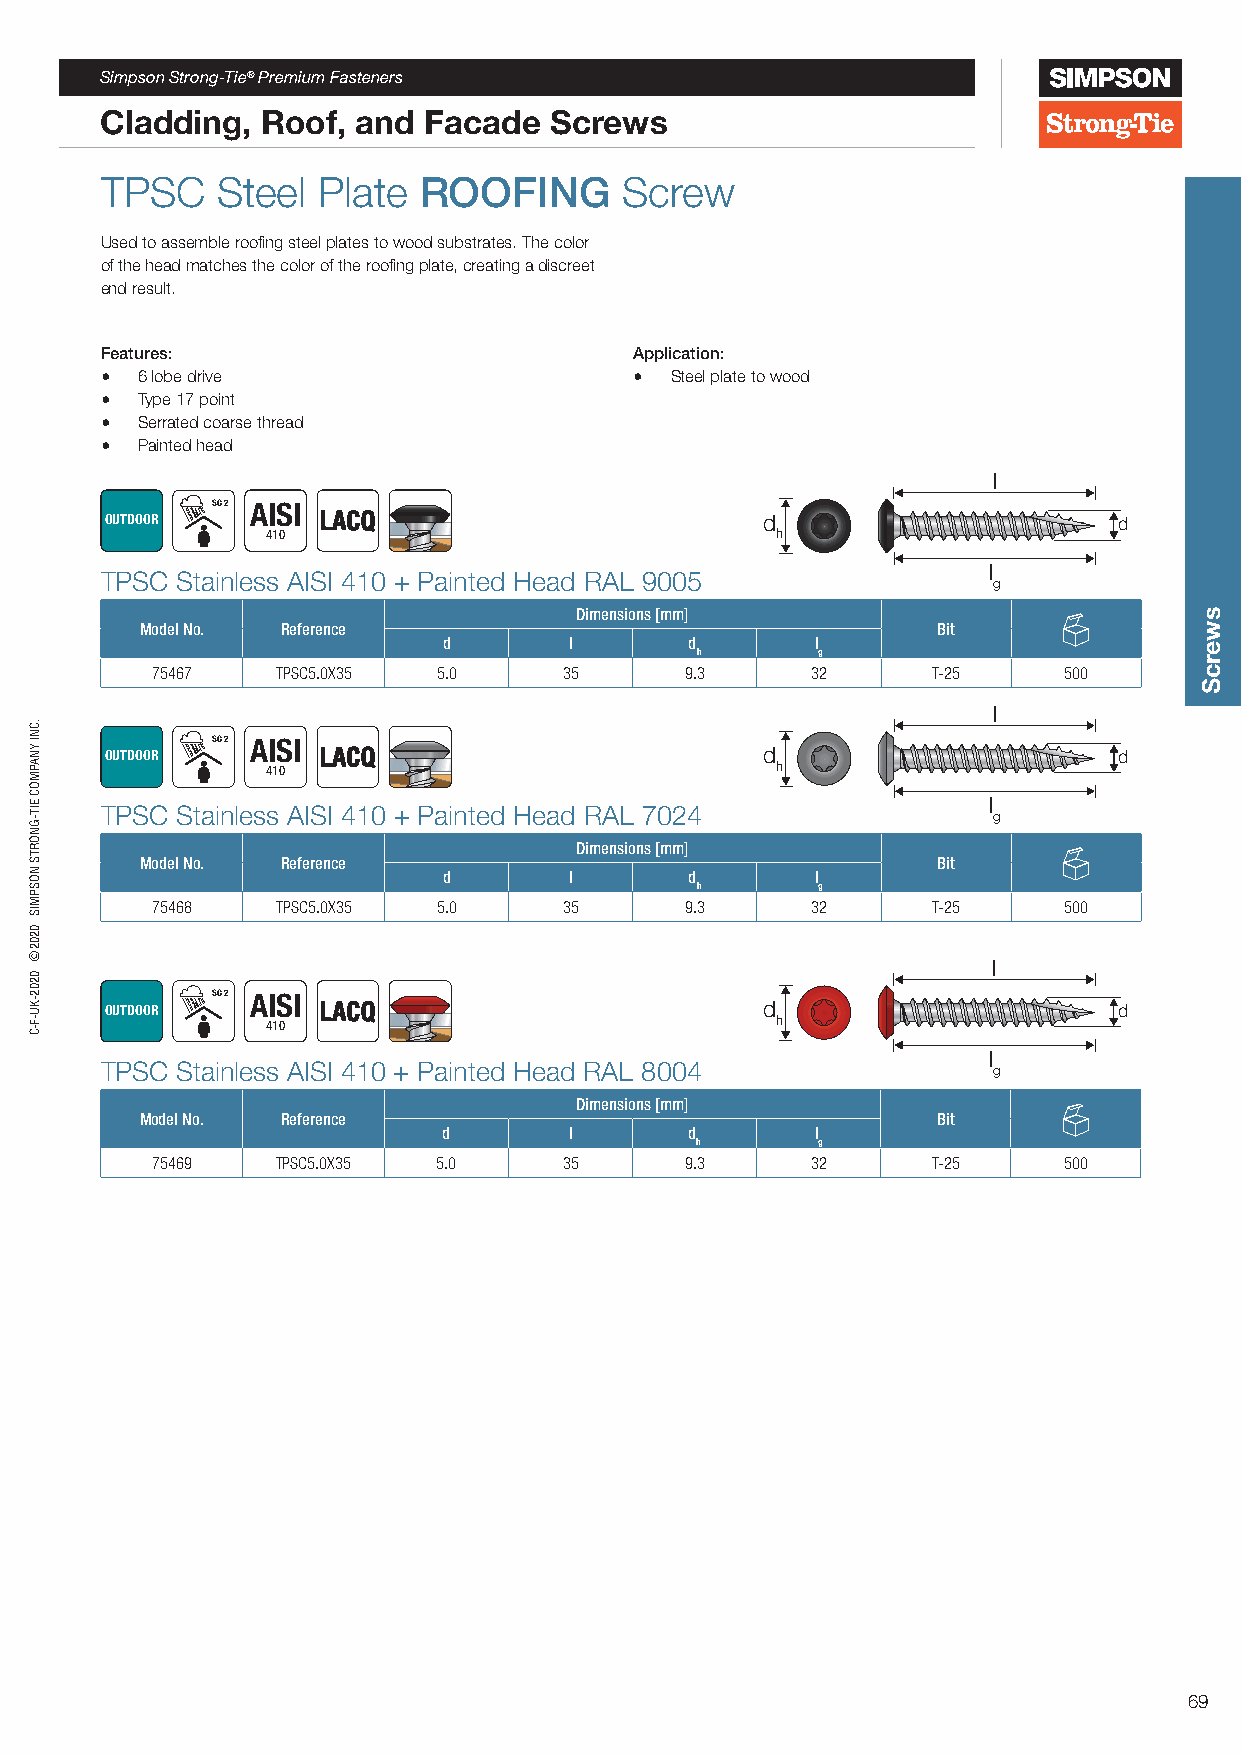
Simpson Strong-Tie® Premium Fasteners
 Cladding, Roof,  and Facade  Screws
 TPSC   Steel  Plate  ROOFING      Screw
 Used to assemble roofing steel plates to wood substrates. The color
 of the head matches the color of the roofing plate, creating a discreet
 end result.
 Features:                          Application:
 • 6 lobe drive                     • Steel plate to wood
 • Type 17 point
 • Serrated coarse thread
 • Painted head
 l
 SC 2 AISI
 OUTDOOR       LACQ                         d                       d
 410                              h
 l
 TPSC Stainless AISI 410 + Painted Head RAL 9005
 g
 Dimensions [mm]
 Model No. Reference                                  Bit
 d        l       d       l
 h       g
 75467   TPSC5.0X35 5.0     35      9.3      32      T-25    500
 l
 SC 2 AISI OUTDOOR LACQ              d                       d
 410                              h
 l TPSC Stainless AISI 410 + Painted Head RAL 7024
 g
 Dimensions [mm]
 Model No. Reference                                  Bit
 d        l       d       l
 h       g
 75468   TPSC5.0X35 5.0     35      9.3      32      T-25    500
 l
 SC 2 AISI
 OUTDOOR       LACQ                         d                       d
 410                              h
 l
 TPSC Stainless AISI 410 + Painted Head RAL 8004            g
 Dimensions [mm]
 Model No. Reference                                  Bit
 d        l       d       l
 h       g
 75469   TPSC5.0X35 5.0     35      9.3      32      T-25    500
 69
 .CNI
 YNAPMOC
 EIT-GNORTS
 NOSPMIS
 0202©
 0202-KU-F-C
 swercS